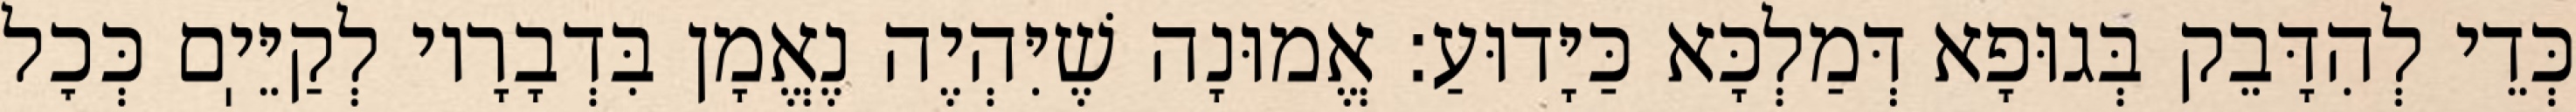
כְּדֵי לְהִדָּבֵק בְּגוּפָא דְּמַלְכָּא כַּיָּדוּעַ: אֱמוּנָה שֶׁיִּהְיֶה נֶאֱמָן בִּדְבָרָיו לְקַיֵּיֽם כְּכׇל